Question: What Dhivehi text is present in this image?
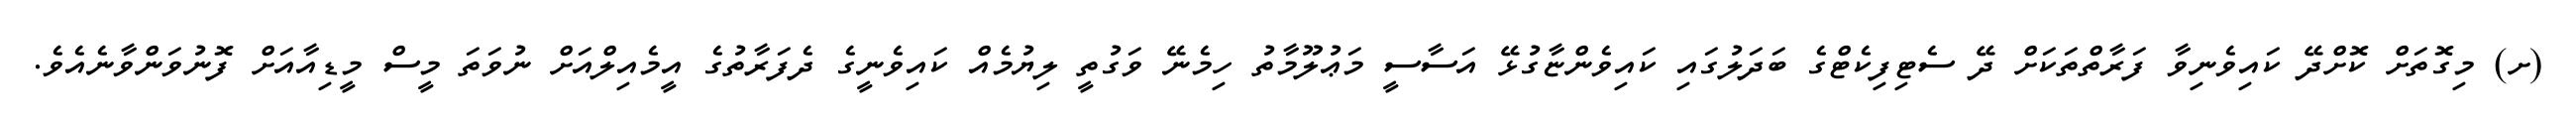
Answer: (ށ) މިގޮތަށް ކޮށްދޭ ކައިވެނިވާ ފަރާތްތަކަށް ދޭ ސެޓިފިކެޓްގެ ބަދަލުގައި ކައިވެންޏާގުޅޭ އަސާސީ މަޢުލޫމާތު ހިމެނޭ ވަގުތީ ލިޔުމެއް ކައިވެނީގެ ދެފަރާތުގެ އީމެއިލްއަށް ނުވަތަ މީސް މީޑިއާއަށް ފޮނުވަންވާނެއެވެ.